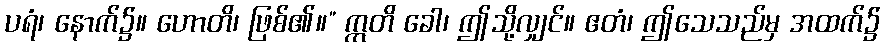
ပရံ၊ နောက်၌။ ဟောတိ၊ ဖြစ်၏။” ဣတိ ခေါ၊ ဤသို့လျှင်။ ဧတံ၊ ဤသေသည်မှ အထက်၌